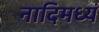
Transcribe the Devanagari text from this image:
नादिमध्यं